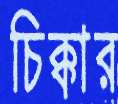
চিক্কার